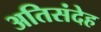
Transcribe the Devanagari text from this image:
अतिसंदेह